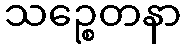
သဉ္စေတနာ